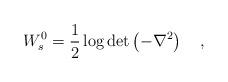
LaTeX: \begin{align*}W_s^0=\frac 12\log\det\left(-\nabla^2\right)~~~,\end{align*}